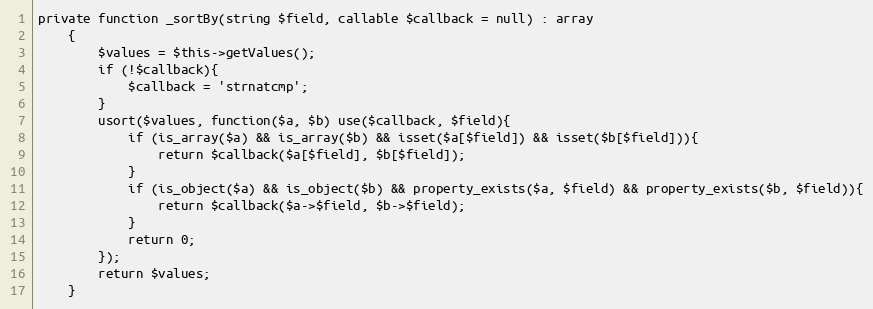
Language: PHP
private function _sortBy(string $field, callable $callback = null) : array
    {
        $values = $this->getValues();
        if (!$callback){
            $callback = 'strnatcmp';
        }
        usort($values, function($a, $b) use($callback, $field){
            if (is_array($a) && is_array($b) && isset($a[$field]) && isset($b[$field])){
                return $callback($a[$field], $b[$field]);
            }
            if (is_object($a) && is_object($b) && property_exists($a, $field) && property_exists($b, $field)){
                return $callback($a->$field, $b->$field);
            }
            return 0;
        });
        return $values;
    }